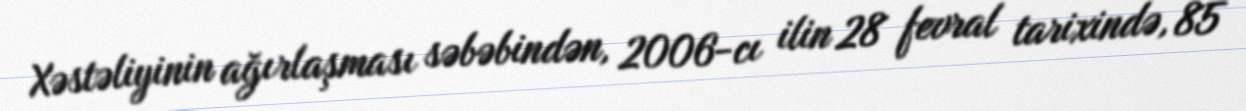
Xəstəliyinin ağırlaşması səbəbindən, 2006-cı ilin 28 fevral tarixində, 85